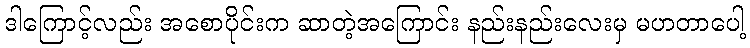
ဒါကြောင့်လည်း အစောပိုင်းက ဆာတဲ့အကြောင်း နည်းနည်းလေးမှ မဟတာပေါ့